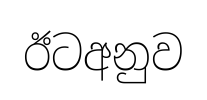
ඊටඅනුව